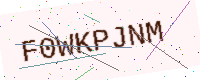
Text: F0WKPJNM